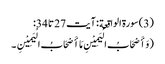
(3) سورة الواقعة : آیت 27 تا 34:
( وَ أَصْحَابُ الْیَمِیْنِ مَا أَصْحَابُ الْیَمِیْنِ ۔